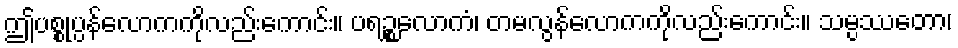
ဤပစ္စုပ္ပန်လောကကိုလည်းကောင်း။ ပရဉ္စလောကံ၊ တမလွန်လောကကိုလည်းကောင်း။ သမ္ပဿတော၊